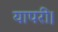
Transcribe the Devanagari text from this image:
यापरी।